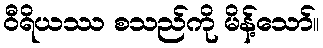
ဝီရိယဿ စသည်ကို မိန့်သော်။